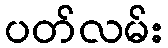
ပတ်လမ်း